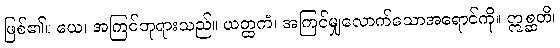
ဖြစ်၏။ ယေ၊ အကြင်ဘုရားသည်။ ယတ္ထကံ၊ အကြင်မျှလောက်သောအရောင်ကို။ ဣစ္ဆတိ၊